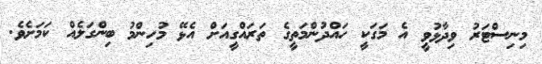
މިނިސްޓަރު ވިދާޅުވީ އެ މަގަކީ ހައްދުންމަތީގެ ތަރައްގީއަށް އެޅޭ މުހިންމު ބިންގަލެއް ކަމަށެވެ.